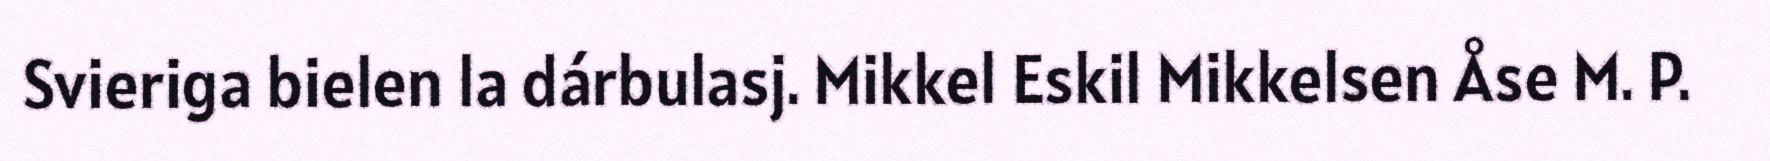
Svieriga bielen la dárbulasj. Mikkel Eskil Mikkelsen Åse M. P.